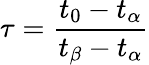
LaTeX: \tau=\frac{t_{0}-t_{\alpha}}{t_{\beta}-t_{\alpha}}